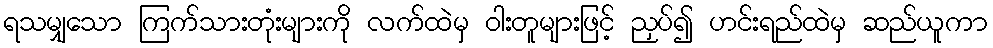
ရသမျှသော ကြက်သားတုံးများကို လက်ထဲမှ ဝါးတူများဖြင့် ညှပ်၍ ဟင်းရည်ထဲမှ ဆည်ယူကာ